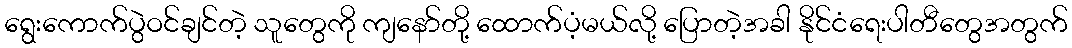
ရွေးကောက်ပွဲဝင်ချင်တဲ့ သူတွေကို ကျနော်တို့ ထောက်ပံ့မယ်လို့ ပြောတဲ့အခါ နိုင်ငံရေးပါတီတွေအတွက်